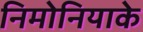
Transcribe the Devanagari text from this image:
निमोनियाके